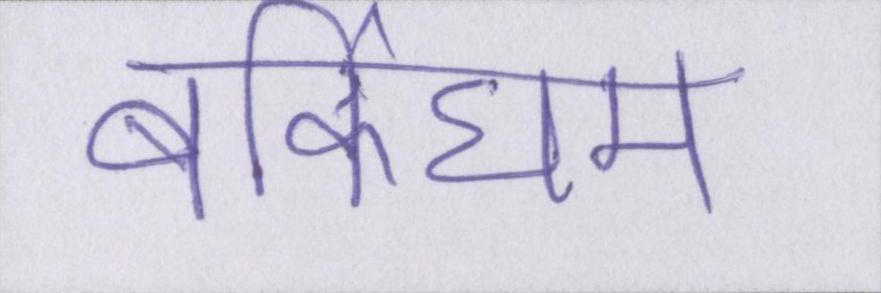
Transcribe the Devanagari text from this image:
बर्किघम